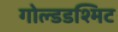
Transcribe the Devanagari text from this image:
गोल्डडश्मिट